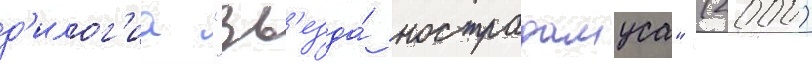
д'илог'иа "зв'езда́ нострадамуса" (2000)